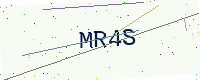
Text: MR4S